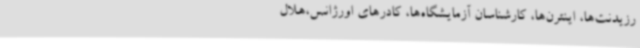
رزیدنت‌ها، اینترن‌ها، کارشناسان آزمایشگاه‌ها، کادرهای اورژانس،هلال